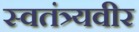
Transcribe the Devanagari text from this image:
स्वतंत्र्यवीर